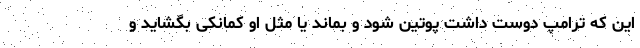
این که ترامپ دوست داشت پوتین شود و بماند یا مثل او کمانکی بگشاید و